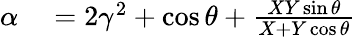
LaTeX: \begin{array}{rl}{\alpha}&{{}=2\gamma^{2}+\cos\theta+\frac{XY\sin\theta}{X+Y\cos\theta}}\end{array}